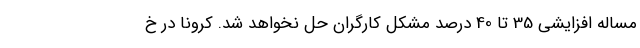
مساله افزایشی 35 تا 40 درصد مشکل کارگران حل نخواهد شد. کرونا در خ